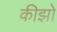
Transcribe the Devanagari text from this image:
कीझो